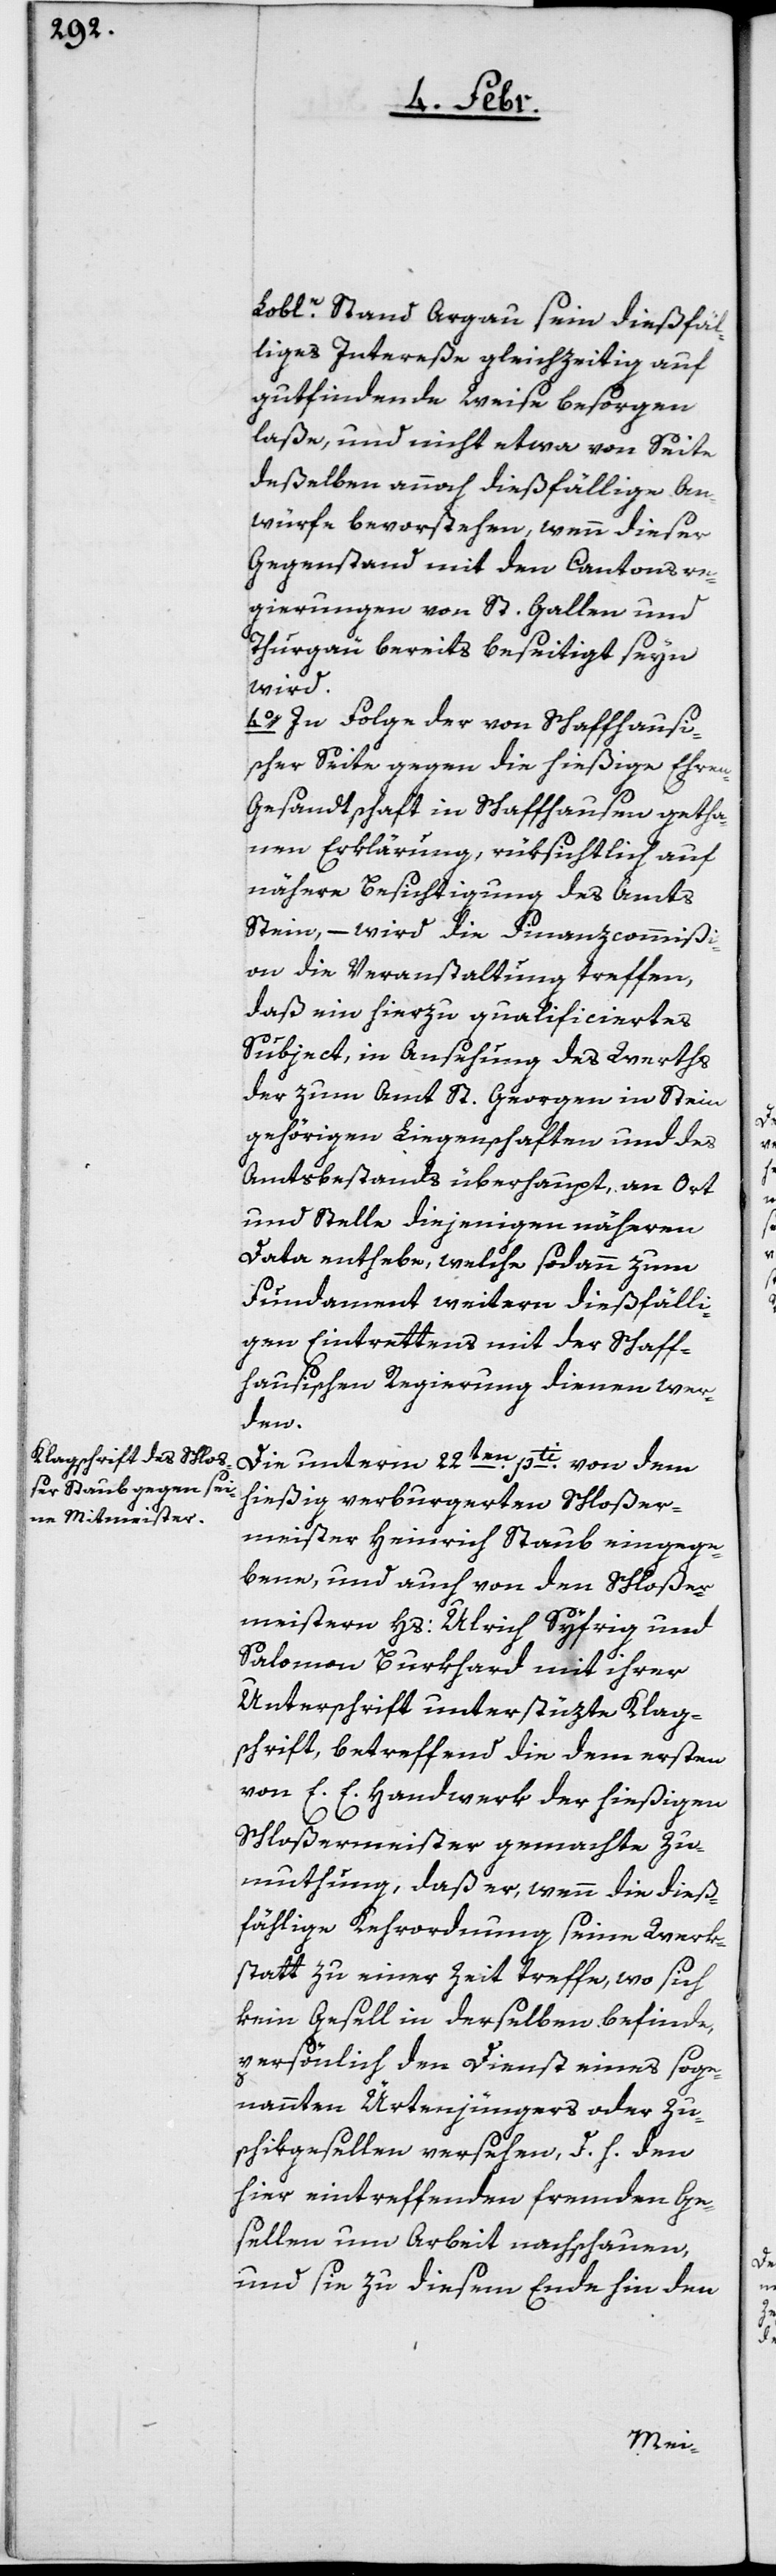
Loble. Stand Argau sein dießfäl¬
liges Intereße gleichzeitig auf
gutfindende Weise besorgen
laße, und nicht etwa von Seite
deßelben annoch dießfällige An¬
würfe bevorstehen, wenn dieser
Gegenstand mit den Cantonsre¬
gierungen von St. Gallen und
Thurgäu bereits beseitigt seyn
wird.
4o. In Folge der von Schaffhausi¬
scher Seite gegen die hießige Ehre¬
n-Gesandtschaft in Schaffhausen getha¬
nen Erklärung, rücksichtlich auf
nähere Besichtigung des Amts
Stein, – wird die Finanzcommißi¬
on die Veranstaltung treffen,
daß ein hierzu qualificiertes
Subject, in Ansehung des Werths
der zum Amt St. Georgen in Stein
gehörigen Liegenschaften und des
Amtsbestands überhaupt an Ort
und Stelle diejenigen näheren
Data enthebe, welche sodann zum
Fundament weitern dießfälli¬
gen Eintrettens mit der Schaff¬
hausischen Regierung dienen wer¬
den.
Die unterm 22ten. pti. von dem
hießig verburgerten Schloßer¬
meister Heinrich Staub eingege¬
bene, und auch von den Schloßer¬
meistern Hs: Ulrich Syfrig und
Salomon Burkhard mit ihrer
Unterschrift unterstüzte Klag¬
schrift, betreffend die dem ersten
von E. E. Handwerk der hießigen
Schloßermeister gemachte Zu¬
muthung, daß er, wenn die dieß¬
fällige Kehrordnung seine Werk¬
statt zu einer Zeit treffe, wo sich
kein Gesell in derselben befinde,
persönlich den Dienst eines soge¬
nannten Ürtenjüngers oder Zu¬
schikgesellen versehen, d. h. den
hier eintreffenden fremden Ge¬
sellen um Arbeit nachschauen,
und sie zu diesem Ende hin den